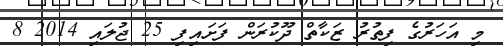
މި އަހަރުގެ ފިތުރު ޒަކާތް ދޫކުރަން ފަށައިފި 25 ޖުލައި 2014 8